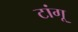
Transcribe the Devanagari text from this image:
टांगू